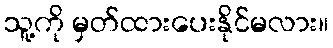
သူ့ကို မှတ်ထားပေးနိုင်မလား။